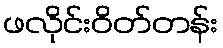
ဖလိုင်းဝိတ်တန်း